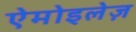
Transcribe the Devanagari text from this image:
ऐमोइलेज़